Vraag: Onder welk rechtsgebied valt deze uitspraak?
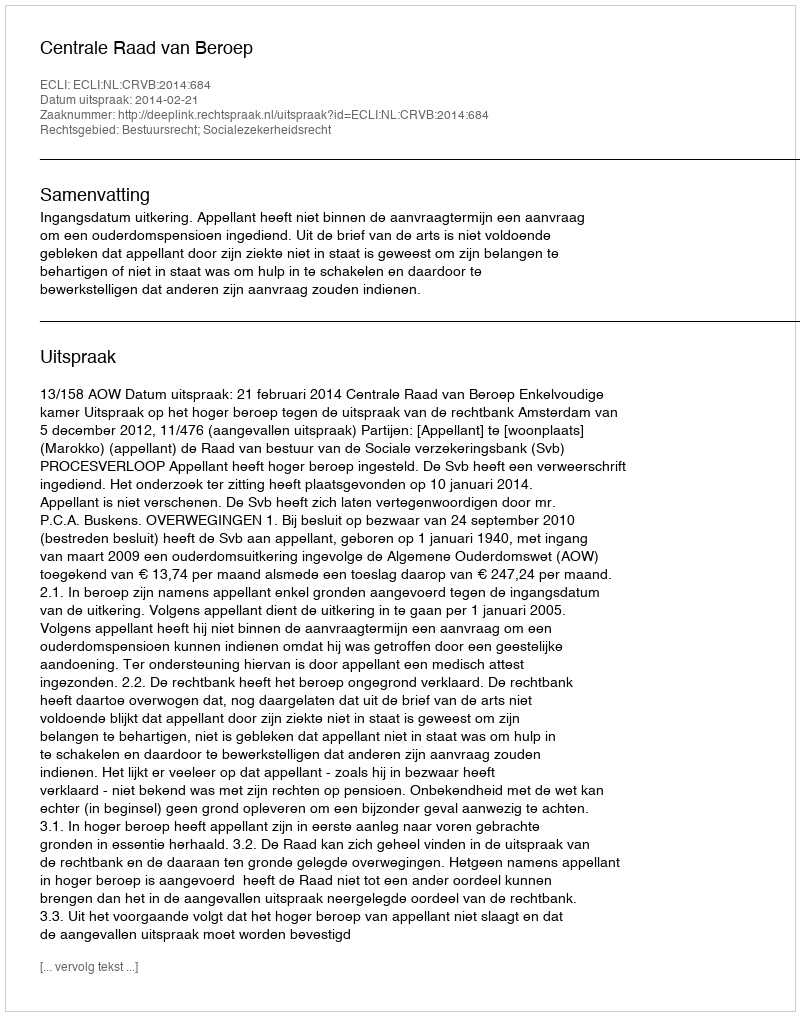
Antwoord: Bestuursrecht; Socialezekerheidsrecht